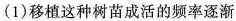
(1)移植这种树苗成活的频率逐渐